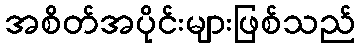
အစိတ်အပိုင်းများဖြစ်သည်